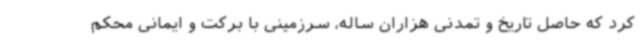
کرد که حاصل تاریخ و تمدنی هزاران ساله، سرزمینی با برکت و ایمانی محکم